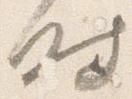
時